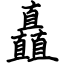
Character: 矗